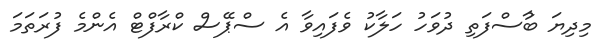
މިދިޔަ ބުާސްފަތި ދުވަހު ހަލާކު ވެފައިވާ އެ ސްޕޭސް ކްރާފްޓް އެންމެ ފުރަތަަމަ